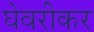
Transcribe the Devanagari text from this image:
घेवरीकर